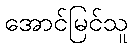
အောင်မြင်သူ